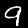
Digit: 9